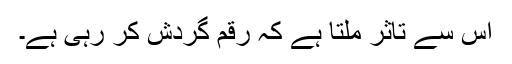
اس سے تاثر ملتا ہے کہ رقم گردش کر رہی ہے۔